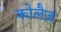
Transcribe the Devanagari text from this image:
कोलैज़